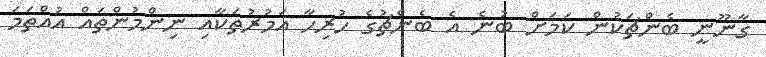
ގާނޫނީ ބެންޗަކުން ކަމަށް ބުނެ އެ ބެންޗުގެ ހުރިހާ އަމުރުތަކާއި ނިންމުންތައް އުއްތަމަ